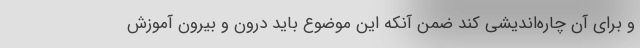
و برای آن چاره‌اندیشی کند ضمن آنکه این موضوع باید درون و بیرون آموزش